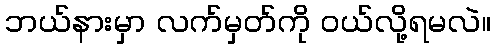
ဘယ်နားမှာ လက်မှတ်ကို ဝယ်လို့ရမလဲ။